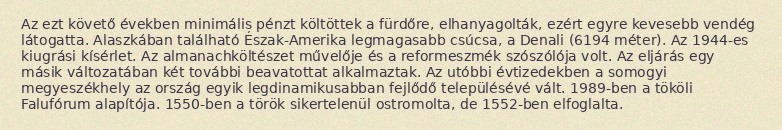
Az ezt követő években minimális pénzt költöttek a fürdőre, elhanyagolták, ezért egyre kevesebb vendég látogatta. Alaszkában található Észak-Amerika legmagasabb csúcsa, a Denali (6194 méter). Az 1944-es kiugrási kísérlet. Az almanachköltészet művelője és a reformeszmék szószólója volt. Az eljárás egy másik változatában két további beavatottat alkalmaztak. Az utóbbi évtizedekben a somogyi megyeszékhely az ország egyik legdinamikusabban fejlődő településévé vált. 1989-ben a tököli Falufórum alapítója. 1550-ben a török sikertelenül ostromolta, de 1552-ben elfoglalta.